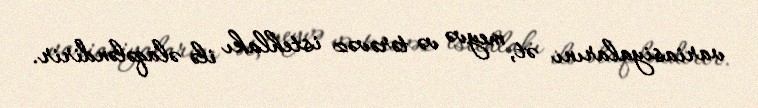
variasiyalarını ət, meyvə və tərəvəz istehlakı ilə əlaqələndirir.